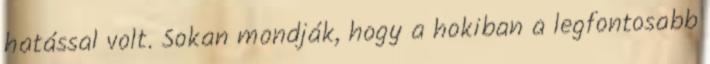
hatással volt. Sokan mondják, hogy a hokiban a legfontosabb